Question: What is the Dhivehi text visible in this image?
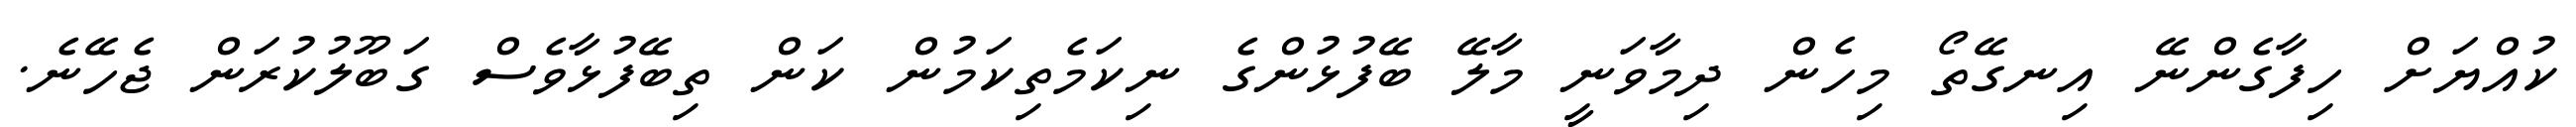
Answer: ކުއްޔަށް ހިފާގެންނޭ އިނގޭތޯ މިހެން ދިމާވަނީ މާލޭ ބޭފުޅުންގެ ނިކަމެތިކަމުން ކަން ތިބޭފުޅާވެސް ގަބޫލުކުރަން ޖެހޭނެ.